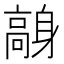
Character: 𩫙